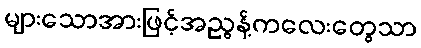
များသောအားဖြင့်အညွန့်ကလေးတွေသာ